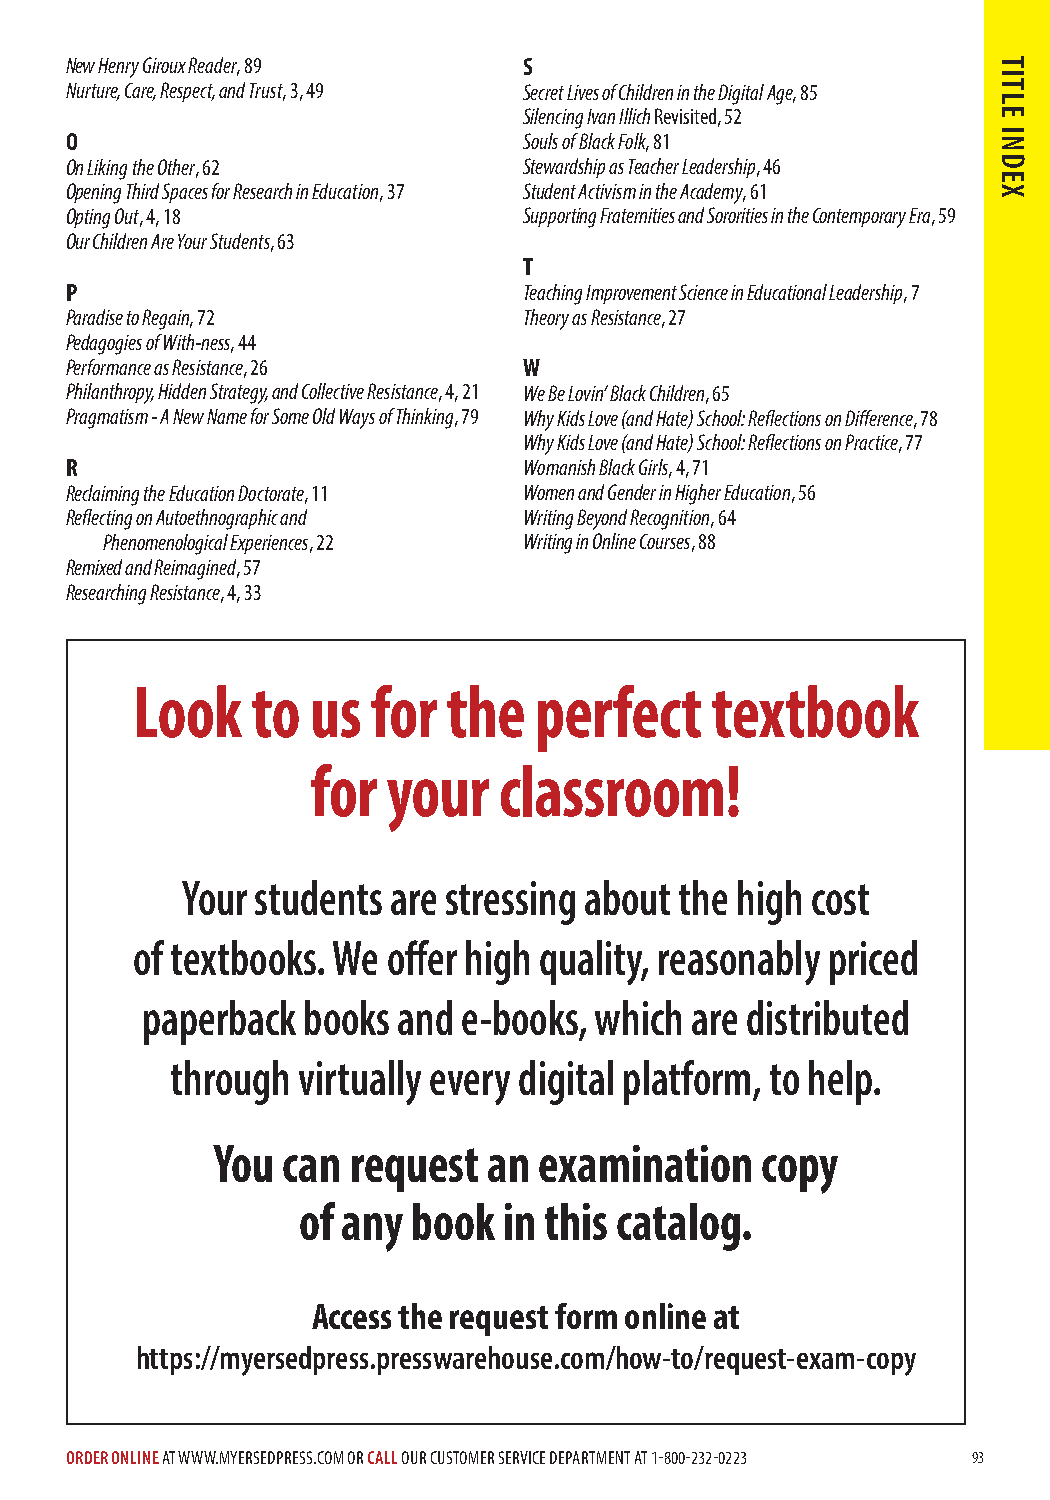
New Henry Giroux Reader, 89    S
 Nurture, Care, Respect, and Trust, 3, 49 Secret Lives of Children in the Digital Age, 85
 Silencing Ivan Illich Revisited, 52
 O                              Souls of Black Folk, 81
 On Liking the Other, 62        Stewardship as Teacher Leadership, 46
 Opening Third Spaces for Research in Education, 37 Student Activism in the Academy, 61
 Opting Out, 4, 18              Supporting Fraternities and Sororities in the Contemporary Era, 59
 Our Children Are Your Students, 63
 T
 P                              Teaching Improvement Science in Educational Leadership, 7
 Paradise to Regain, 72         Theory as Resistance, 27
 Pedagogies of With-ness, 44
 Performance as Resistance, 26  W
 Philanthropy, Hidden Strategy, and Collective Resistance, 4, 21 We Be Lovin’ Black Children, 65
 Pragmatism - A New Name for Some Old Ways of Thinking, 79 Why Kids Love (and Hate) School: Reflections on Difference, 78
 Why Kids Love (and Hate) School: Reflections on Practice, 77
 R                              Womanish Black Girls, 4, 71
 Reclaiming the Education Doctorate, 11 Women and Gender in Higher Education, 56
 Reflecting on Autoethnographic and Writing Beyond Recognition, 64
 Phenomenological Experiences, 22 Writing in Online Courses, 88
 Remixed and Reimagined, 57
 Researching Resistance, 4, 33
 Look    to  us  for  the  perfect     textbook
 for  your   classroom!
 Your students are stressing about the high cost
 of textbooks. We offer high quality, reasonably priced
 paperback  books and  e-books, which are distributed
 through  virtually every digital platform, to help.
 You  can request  an  examination   copy
 of any book  in this catalog.
 Access the request form online at
 https://myersedpress.presswarehouse.com/how-to/request-exam-copy
 ORDER ONLINE AT WWW.MYERSEDPRESS.COM OR CALL OUR CUSTOMER SERVICE DEPARTMENT AT 1-800-232-0223 93
 TITLE
 INDEX